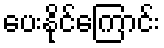
ပေးနိုင်ကြောင်း